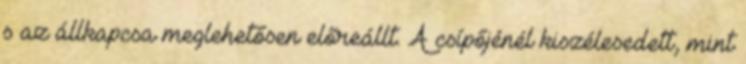
s az állkapcsa meglehetősen előreállt. A csípőjénél kiszélesedett, mint